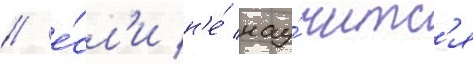
/ е́сл'и н'е́ нау́читс'я